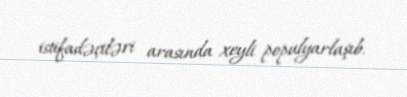
istifadəçiləri arasında xeyli populyarlaşıb.